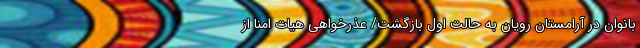
بانوان در آرامستان رویان به حالت اول بازگشت/ عذرخواهی هیات امنا از